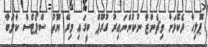
ޕޮލިހާ ދެކޮޅަށް ވިޗެންޒާ ނުކުންނައިރު ގުރޫޕް ބީގައި މިރޭ ޔޫތު ސްޕޯޓްސް ކްލަބާ